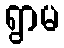
ရွာမ